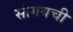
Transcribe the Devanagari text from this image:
सांगयची